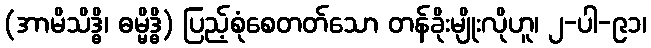
(အာမိသိဒ္ဓိ၊ ဓမ္မိဒ္ဓိ) ပြည့်စုံစေတတ်သော တန်ခိုးမျိုးလိုဟူ၊ ၂-ပါ-၉၁၊